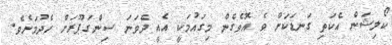
ކޯލިޝަން އެކަތި ގަނޑަކަށް ވެ އޮވެގެން މިގައުމަކީ އެއީ ދެވަނަ ސިންގަޕޫރަށް ހެދުމަށެވެ.